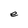
Character: e